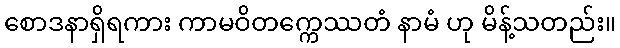
စောဒနာရှိရကား ကာမဝိတက္ကေဿတံ နာမံ ဟု မိန့်သတည်း။